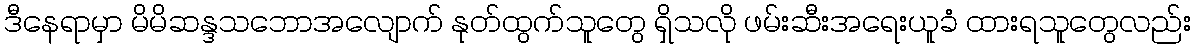
ဒီနေရာမှာ မိမိဆန္ဒသဘောအလျောက် နုတ်ထွက်သူတွေ ရှိသလို ဖမ်းဆီးအရေးယူခံ ထားရသူတွေလည်း